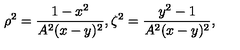
\rho ^ { 2 } = \frac { 1 - x ^ { 2 } } { A ^ { 2 } ( x - y ) ^ { 2 } } , \zeta ^ { 2 } = \frac { y ^ { 2 } - 1 } { A ^ { 2 } ( x - y ) ^ { 2 } } ,